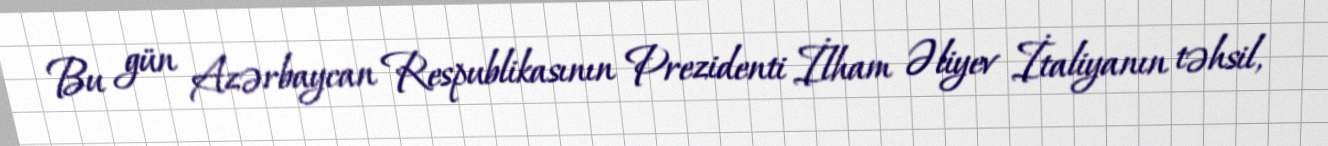
Bu gün Azərbaycan Respublikasının Prezidenti İlham Əliyev İtaliyanın təhsil,